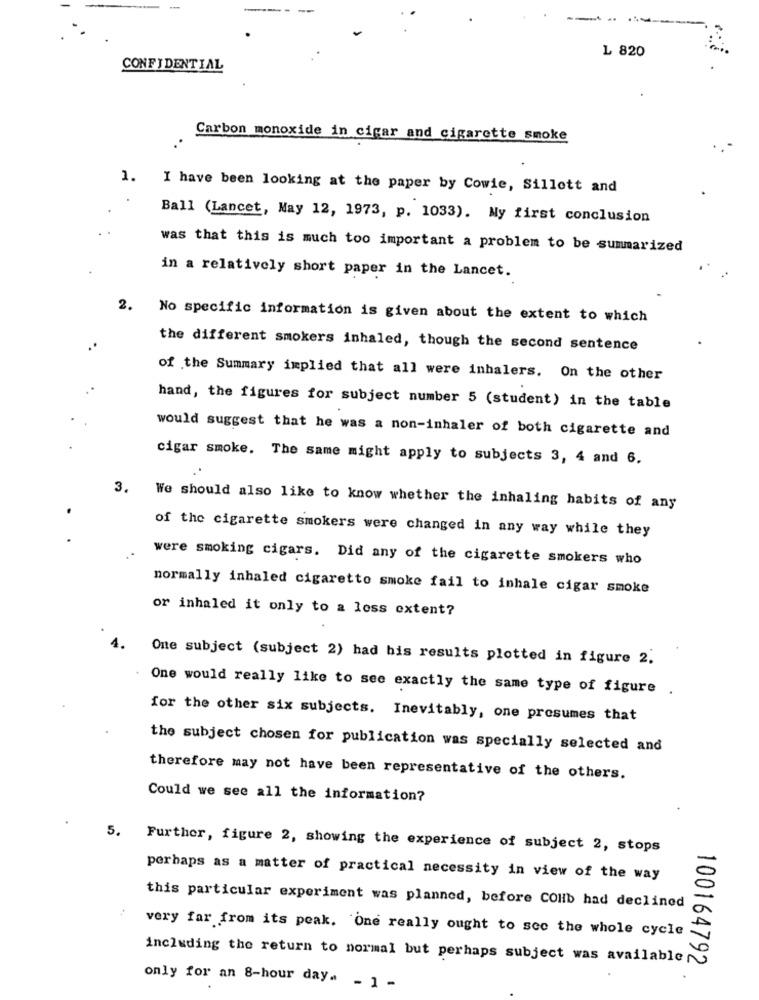
-----
L 820
CONFIDENTIAL
Carbon monoxide in cigar and cigarette smoke
1.
I have been looking at the paper by Cowie, Sillott and
Ball (Lancet, May 12, 1973, p. 1033). My first conclusion
was that this is much too important a problem to be summarized
in a relatively short paper in the Lancet.
2.
No specific information is given about the extent to which
the different smokers inhaled, though the second sentence
of the Summary implied that all were inhalers. On the other
hand, the figures for subject number 5 (student) in the table
would suggest that he was a non-inhaler of both cigarette and
cigar smoke. The same might apply to subjects 3, 4 and 6.
3.
We should also like to know whether the inhaling habits of any
of the cigarette smokers were changed in any way while they
were smoking cigars. Did any of the cigarette smokers who
normally inhaled cigaretto smoke fail to inhale cigar smoke
or inhaled it only to a loss extent?
One subject (subject 2) had his results plotted in figure 2.
. One would really like to see exactly the same type of figure .
for the other six subjects. Inevitably, one presumes that
the subject chosen for publication was specially selected and
therefore may not have been representative of the others.
Could we see all the information?
5. Further, figure 2, showing the experience of subject 2, stops
perhaps as a matter of practical necessity in view of the way
this particular experiment was planned, before COHb had declined
very far from its peak. One really ought to see the whole cycle
including the return to normal but perhaps subject was available
100164792
only for an 8-hour day. - 1 -